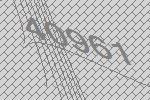
40961